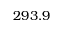
2 9 3 . 9